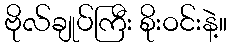
ဗိုလ်ချုပ်ကြီး စိုးဝင်းနဲ့။